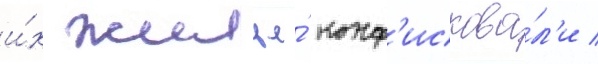
и́х жилье́ конф'искова́л'и /